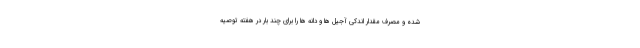
شده و مصرف مقدار اندکی آجیل ها و دانه ها را برای چند بار در هفته توصیه